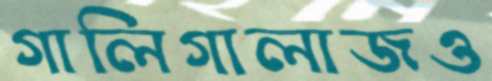
গালিগালাজও